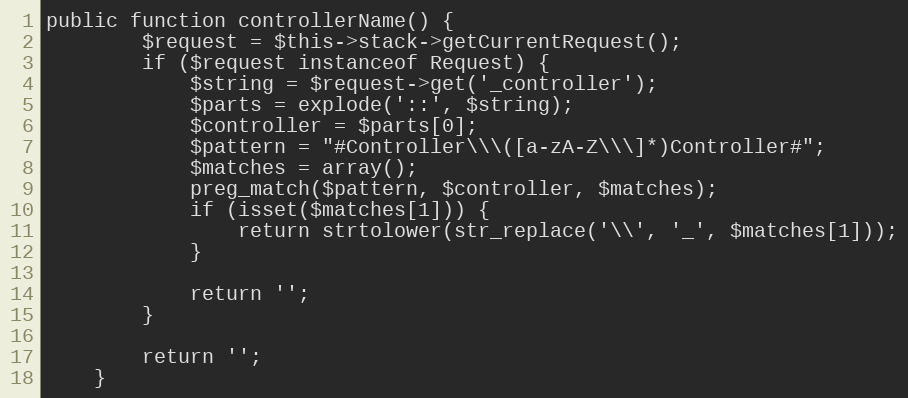
Language: PHP
public function controllerName() {
        $request = $this->stack->getCurrentRequest();
        if ($request instanceof Request) {
            $string = $request->get('_controller');
            $parts = explode('::', $string);
            $controller = $parts[0];
            $pattern = "#Controller\\\([a-zA-Z\\\]*)Controller#";
            $matches = array();
            preg_match($pattern, $controller, $matches);
            if (isset($matches[1])) {
                return strtolower(str_replace('\\', '_', $matches[1]));
            }

            return '';
        }

        return '';
    }